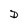
Character: D